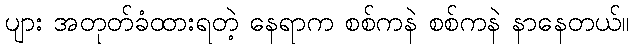
ပျား အတုတ်ခံထားရတဲ့ နေရာက စစ်ကနဲ စစ်ကနဲ နာနေတယ်။